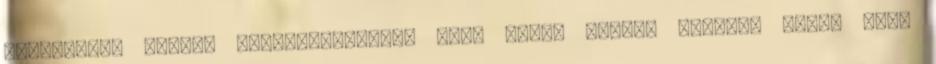
aknaharcok egyike Magyarországon, mely során Laszki Jeromos ötven cseh